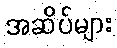
အဆိပ်များ